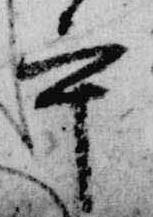
乎